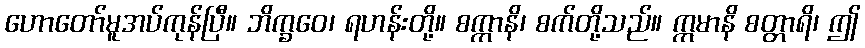
ဟောတော်မူအပ်ကုန်ပြီ။ ဘိက္ခဝေ၊ ရဟန်းတို့။ စက္ကာနိ၊ စက်တို့သည်။ ဣမာနိ စတ္တာရိ၊ ဤ